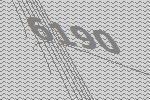
6190